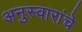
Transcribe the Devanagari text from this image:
अनुस्वारांचे